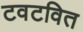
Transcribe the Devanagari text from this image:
टवटवित